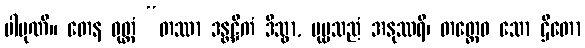
ပါပုဏိ။ တေန ဝုတ္တံ “တဿာ ဒန္တဋ္ဌိကံ ဒိသွာ, ပုဗ္ဗသညံ အနုဿရိ၊ တတ္ထေဝ သော ဌိတော